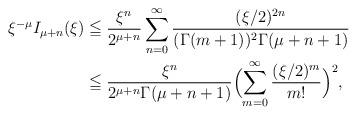
LaTeX: \begin{align*}\xi^{-\mu} I_{\mu+n}(\xi) & \leqq \frac{\xi^n}{2^{\mu+n}} \sum_{n=0}^\infty \frac{(\xi/2)^{2n}}{(\Gamma(m+1))^2\Gamma(\mu+n+1)} \\ & \leqq \frac{\xi^n}{2^{\mu+n}\Gamma(\mu+n+1)} \Bigl( \sum_{m=0}^\infty \frac{(\xi/2)^m}{m!} \Bigr)^2,\end{align*}